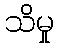
သိမှု